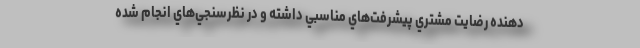
دهنده رضايت مشتري پيشرفت‌هاي مناسبي داشته و در نظرسنجي‌هاي انجام شده